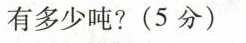
有多少吨?(5分)